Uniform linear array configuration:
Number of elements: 4
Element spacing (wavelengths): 0.75
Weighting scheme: exponential
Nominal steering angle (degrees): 60
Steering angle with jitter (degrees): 61.285
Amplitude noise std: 0.05
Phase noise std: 0.05

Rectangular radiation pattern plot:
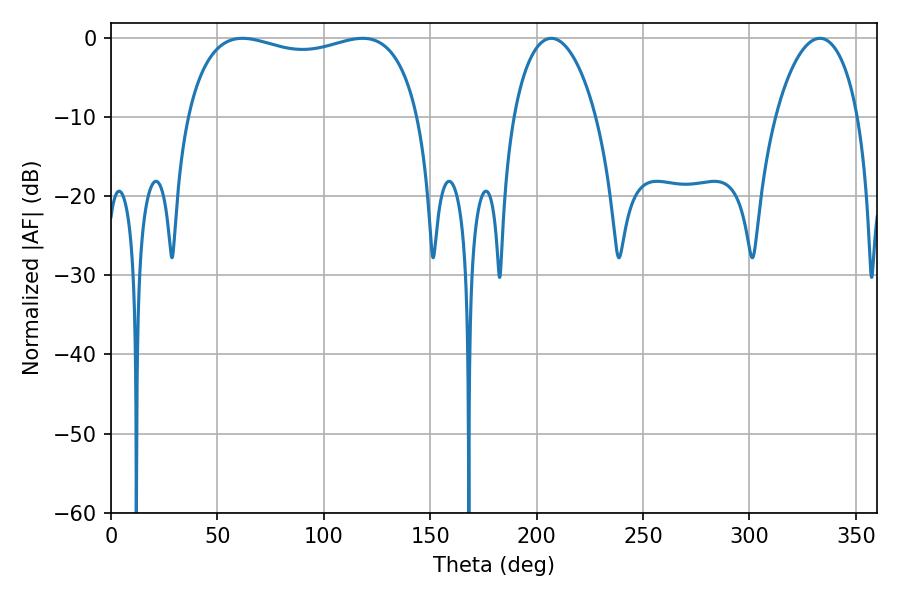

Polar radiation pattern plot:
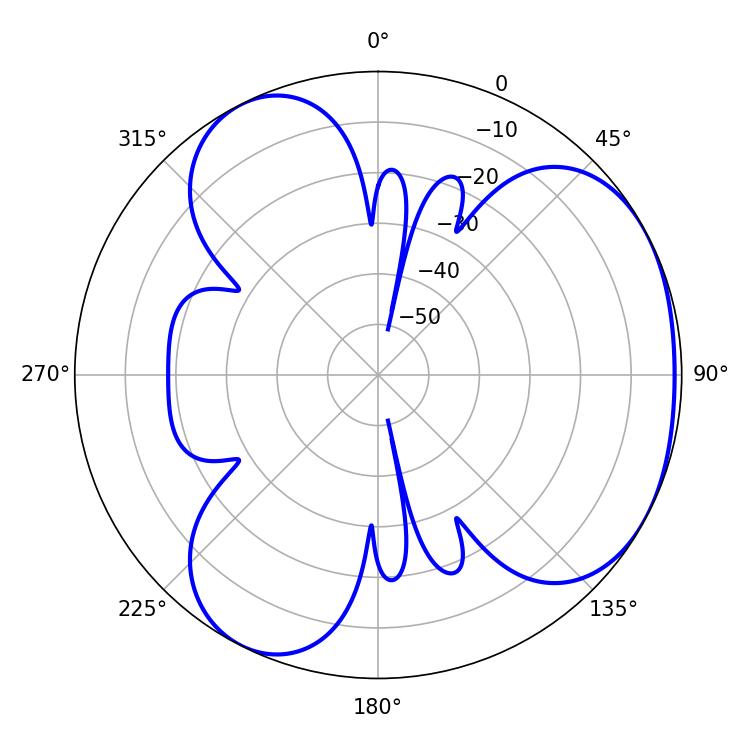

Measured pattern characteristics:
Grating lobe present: TRUE
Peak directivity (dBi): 3.625
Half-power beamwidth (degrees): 89.28
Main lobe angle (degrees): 61.74